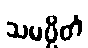
သမပ္ပိတံ